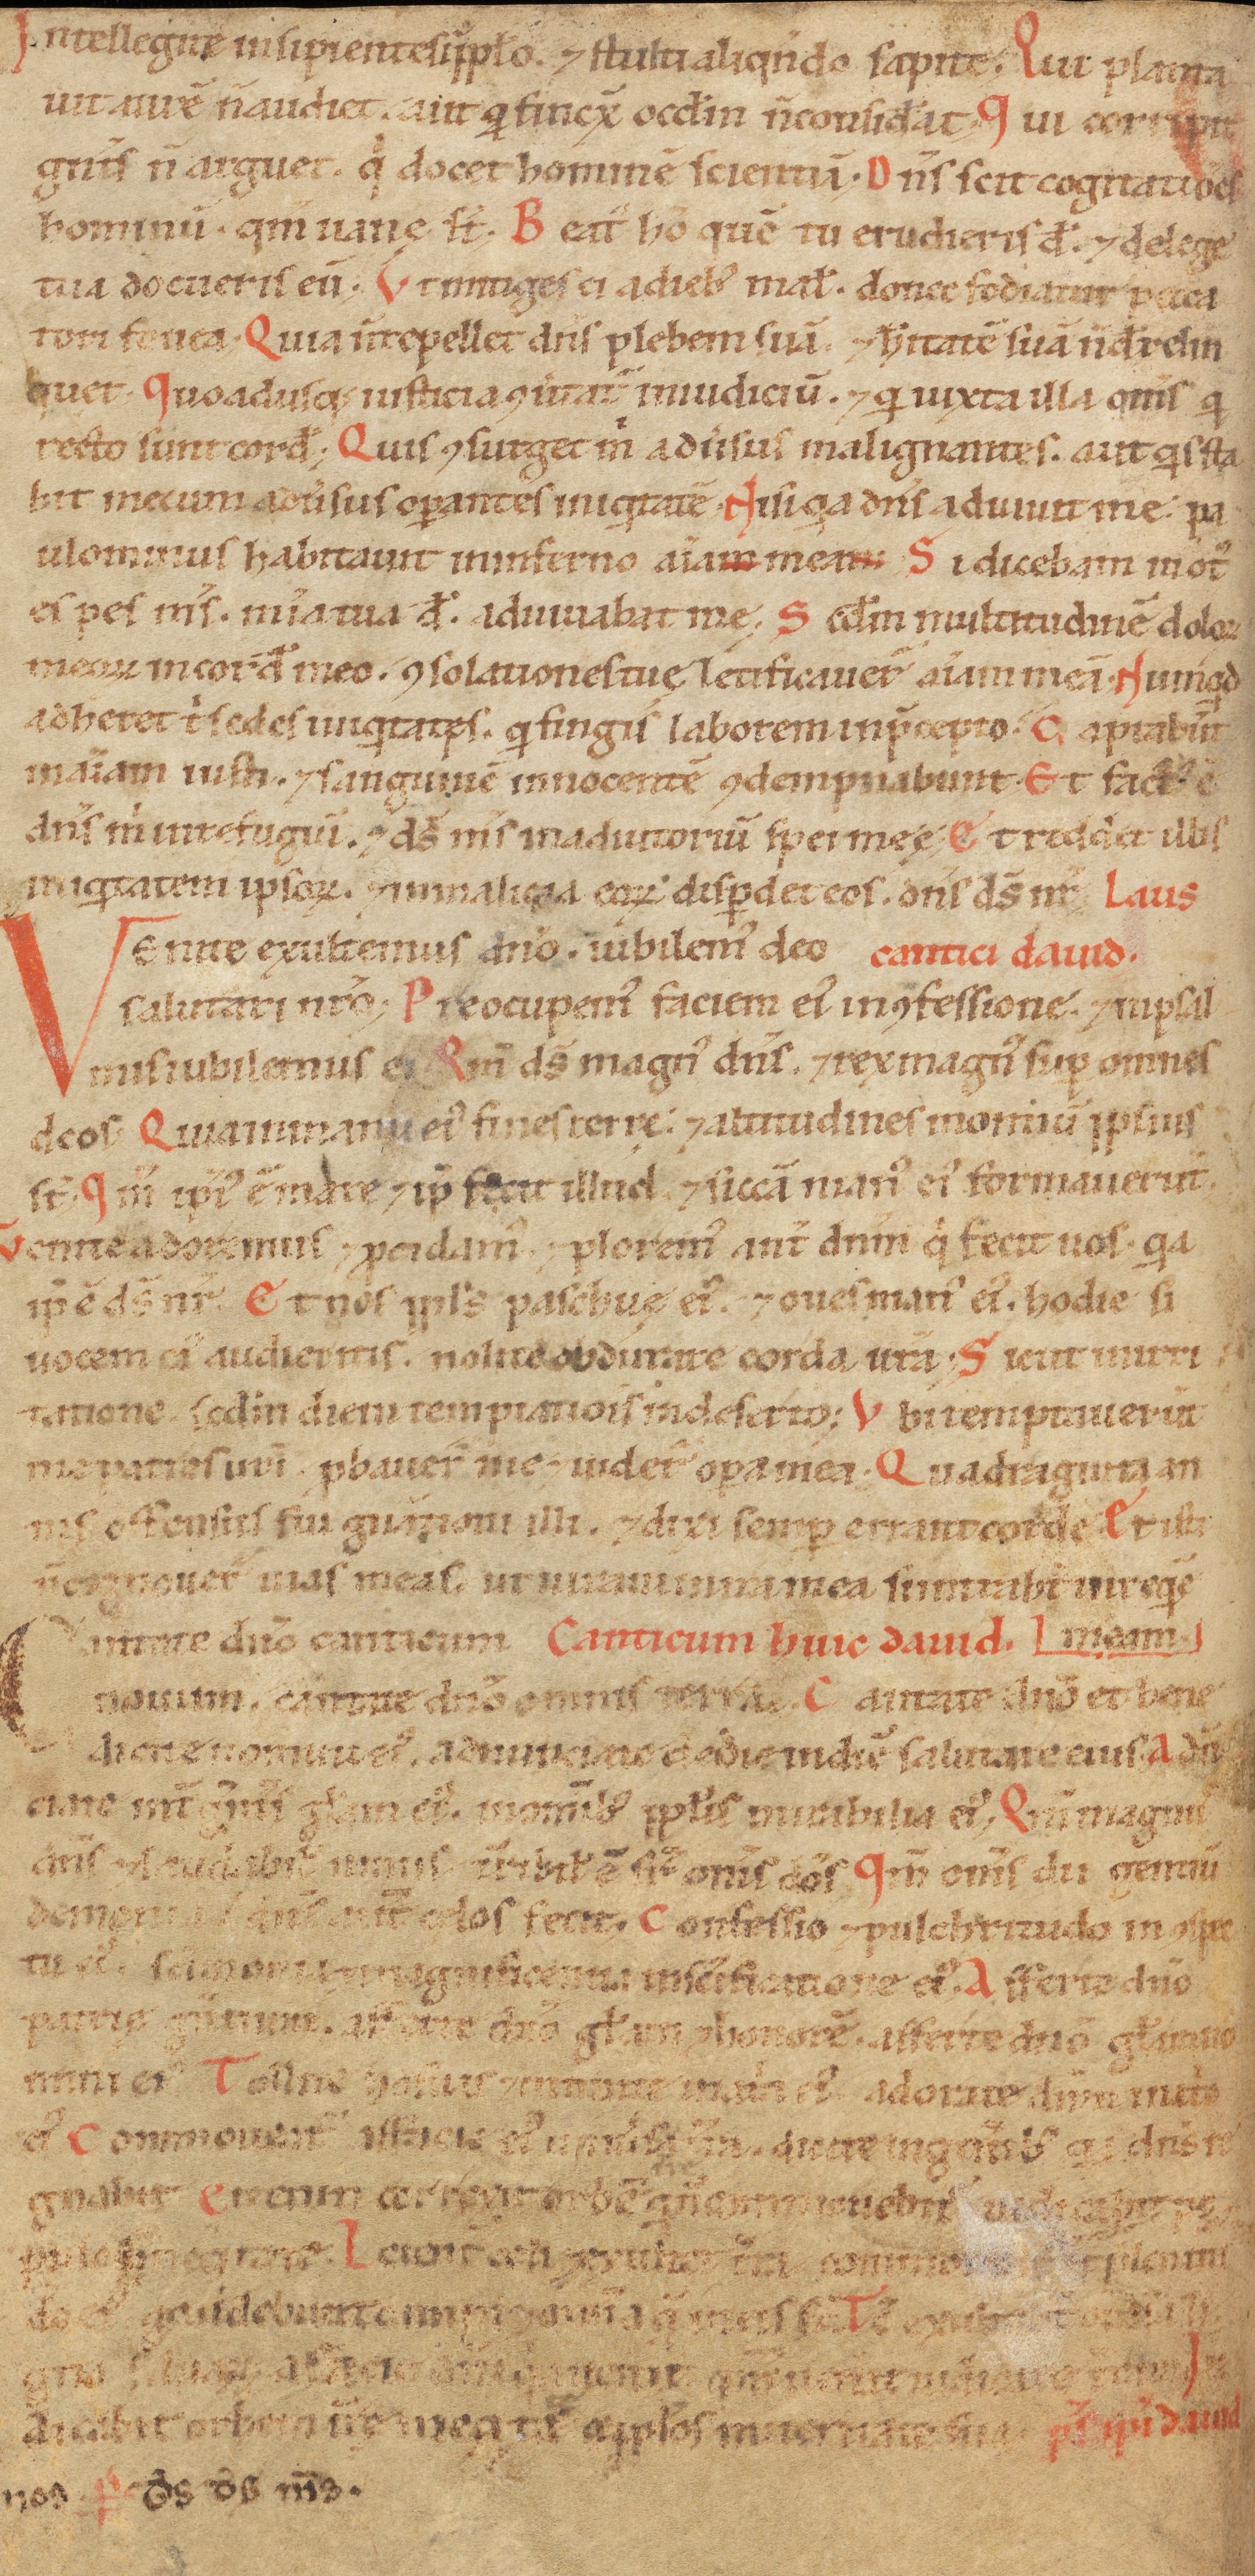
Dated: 1100–1199